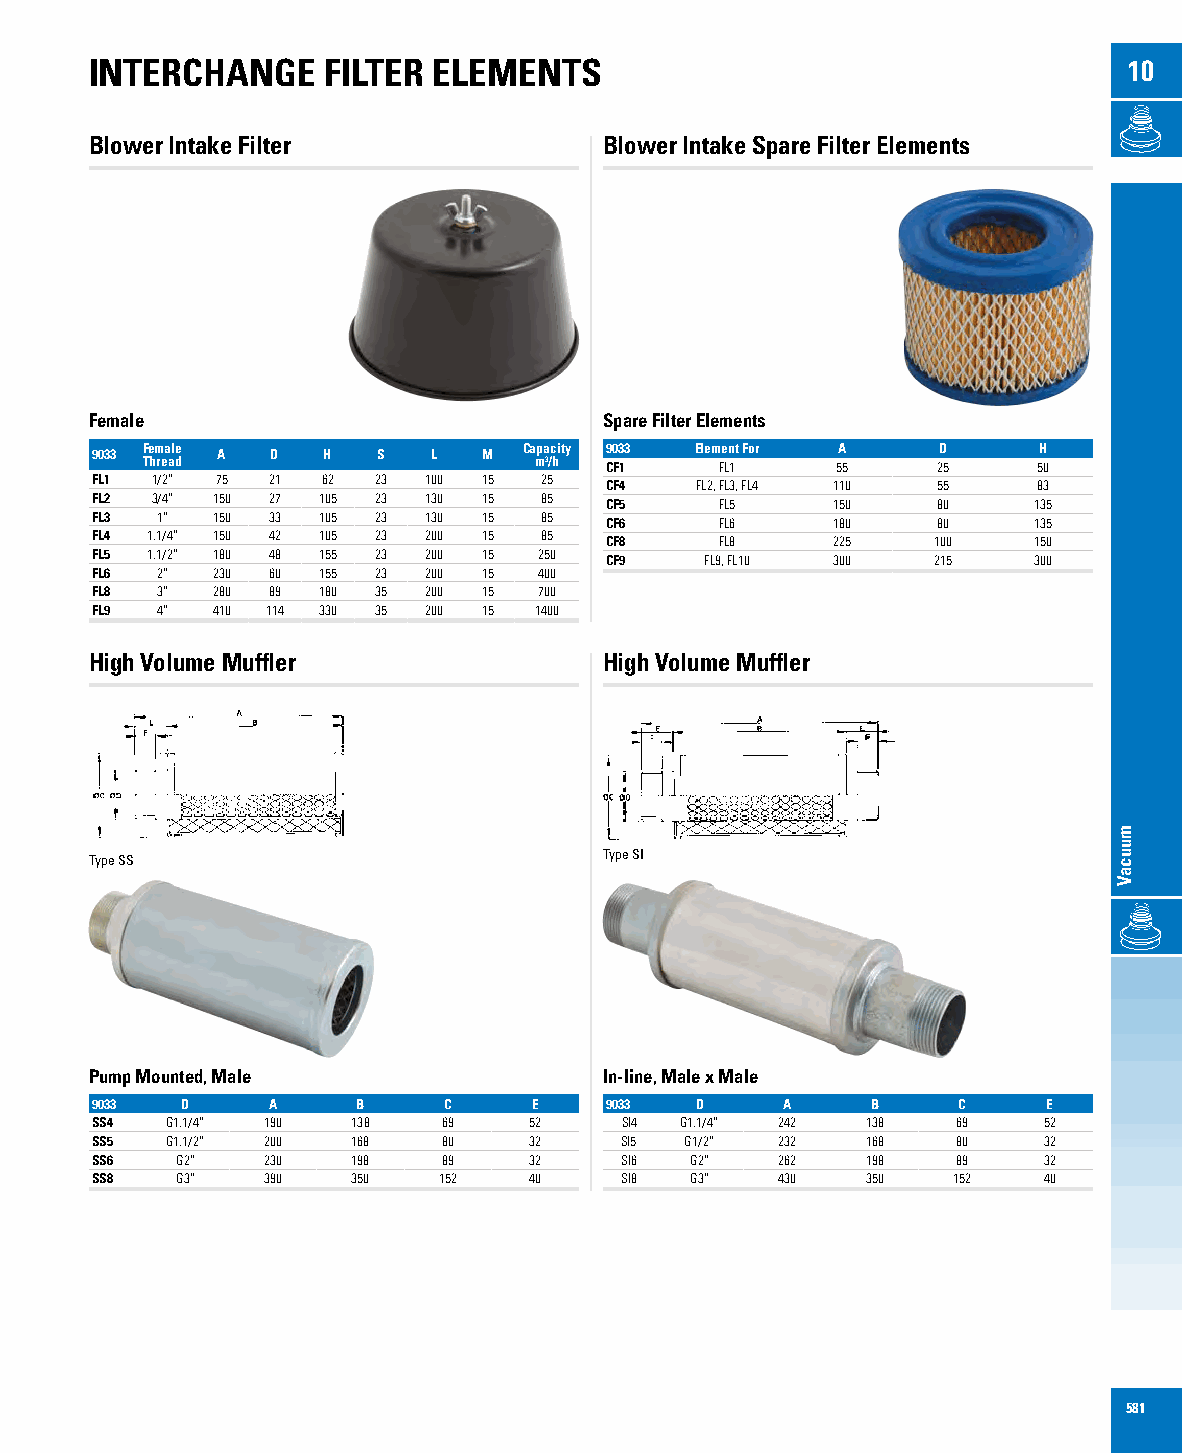
INTERCHANGE    FILTER  ELEMENTS                                      10
 Blower Intake Filter              Blower Intake Spare Filter Elements
 Female                            Spare Filter Elements
 9033 F Te hm rea al de A D H S L M Ca mpa 3/c hity 9 C0 F3 13 Elem Fe Ln 1t For 5A
 5
 2D
 5
 5H
 0
 FL1 1/2” 75 21 62  23 100 15  25  CF4   FL2, FL3, FL4 110 55   83
 FL2 3/4” 150 27 105 23 130 15 85  CF5     FL5    150    80    135
 FL3 1”  150 33 105 23 130 15  85  CF6     FL6    180    80    135
 FL4 1.1/4” 150 42 105 23 200 15 85 CF8    FL8    225    100   150
 FL5 1.1/2” 180 48 155 23 200 15 250 CF9  FL9, FL10 300  215   300
 FL6 2”  230 60 155 23 200 15  400
 FL8 3”  280 89 180 35 200 15  700
 FL9 4”  410 114 330 35 200 15 1400
 High Volume Muffler               High Volume Muffler
 Type SS                           Type SI
 Pump Mounted, Male                In-line, Male x Male
 9033  D     A     B    C     E    9033  D     A     B    C     E
 SS4  G1.1/4” 190 138   69    52    SI4 G1.1/4” 242 138   69    52
 SS5  G1.1/2” 200 168   80    32    SI5 G1/2” 232   168   80    32
 SS6   G2”  230   198   89    32    SI6  G2”  262   198   89    32
 SS8   G3”  390   350   152   40    SI8  G3”  430   350   152   40
 581
 muucaV